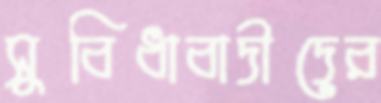
সুবিধাবাদীদের